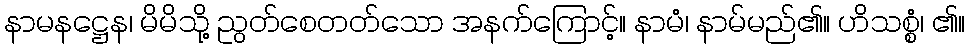
နာမနဋ္ဌေန၊ မိမိသို့ ညွတ်စေတတ်သော အနက်ကြောင့်။ နာမံ၊ နာမ်မည်၏။ ဟိသစ္စံ၊ ၏။